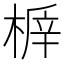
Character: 𣖅